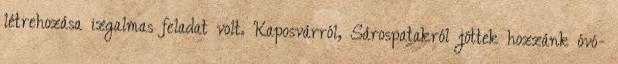
létrehozása izgalmas feladat volt. Kaposvárról, Sárospatakról jöttek hozzánk óvó-